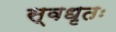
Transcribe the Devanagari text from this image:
स्वधृतः